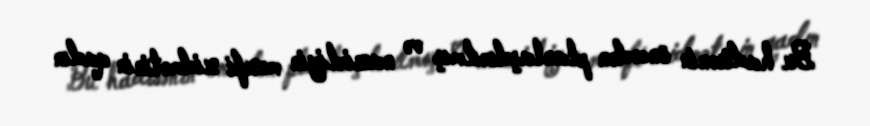
Bu hadisənin öncədən planlaşdırılmış və nazirliyin məxfi xidmətinin qadın